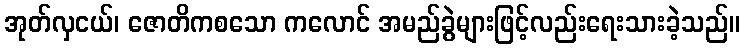
အုတ်လှငယ်၊ ဇောတိကစသော ကလောင် အမည်ခွဲများဖြင့်လည်းရေးသားခဲ့သည်။